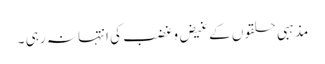
مذہبی حلقوں کے غیض وغضب کی انتہا نہ رہی ۔